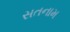
સતનામ